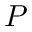
P